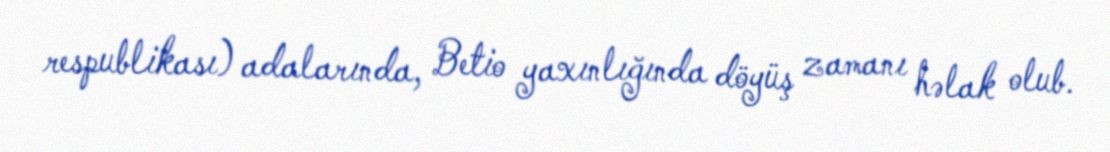
respublikası) adalarında, Betio yaxınlığında döyüş zamanı həlak olub.